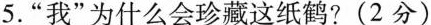
5.“我”为什么会珍藏这纸鹤？（2分）